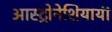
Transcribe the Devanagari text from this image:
आस्ट्रोनेशियायी